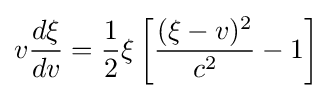
v{\frac {d\xi }{dv}}={\frac {1}{2}}\xi \left[{\frac {(\xi -v)^{2}}{c^{2}}}-1\right]